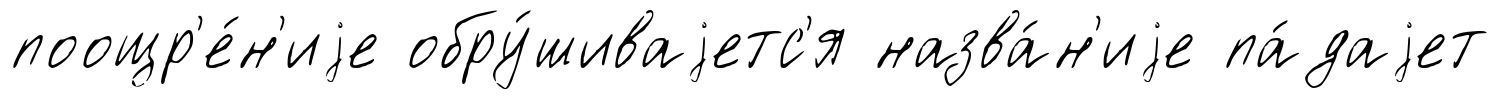
поощр'е́н'иjе обру́шиваjетс'я назва́н'иjе па́даjет